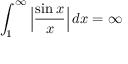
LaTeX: \int _ { 1 } ^ { \infty } { \Big | } { \frac { \sin x } { x } } { \Big | } \, d x = \infty